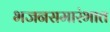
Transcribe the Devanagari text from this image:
भजनसमारंभात